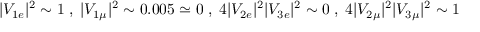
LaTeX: | V _ { 1 e } | ^ { 2 } \sim 1 \; , \; | V _ { 1 \mu } | ^ { 2 } \sim 0 . 0 0 5 \simeq 0 \; , \; 4 | V _ { 2 e } | ^ { 2 } | V _ { 3 e } | ^ { 2 } \sim 0 \; , \; 4 | V _ { 2 \mu } | ^ { 2 } | V _ { 3 \mu } | ^ { 2 } \sim 1